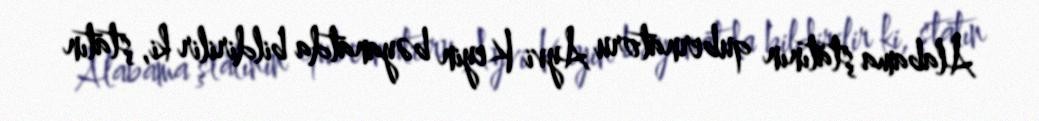
Alabama ştatının qubernatoru Ayvi Keyin bəyanatda bildirilir ki, ştatın